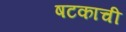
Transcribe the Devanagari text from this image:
षटकाची